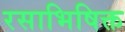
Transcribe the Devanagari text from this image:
रसाभिषिक्त